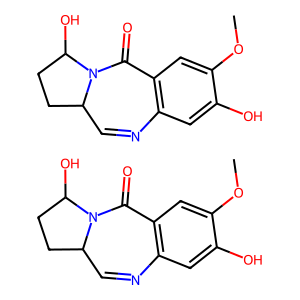
SMILES: COc1cc2c(cc1O)N=CC1CCC(O)N1C2=O.COc1cc2c(cc1O)N=CC1CCC(O)N1C2=O
Inhibits HIV replication: No